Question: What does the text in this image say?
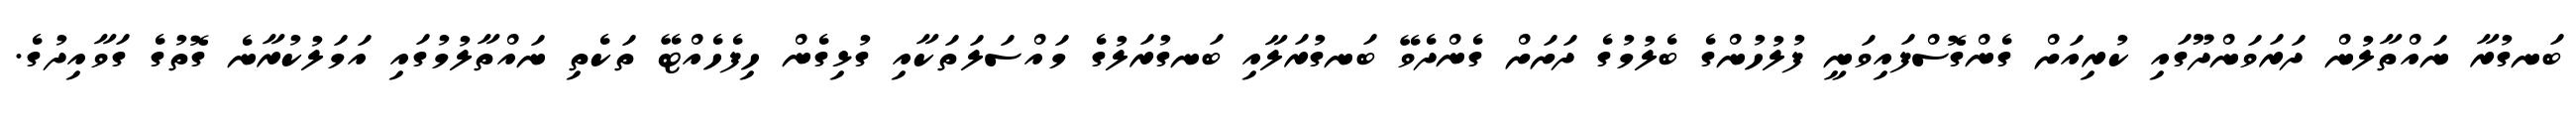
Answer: ބަނގުރާ ނައްތާލުން ދަރަވަންދޫގައި ކުރިއަށް ގެންގޮސްފައިވަނީ ފުލުހުންގެ ބެލުމުގެ ދަށަށް ގެންދެވޭ ބަނގުރަލާއި ބަނގުރަލުގެ މައްސަލަތަކާއި ގުޅިގެން ހިފެހެއްޓޭ ތަކެތި ނައްތާލުމުގައި އަމަލުކުރާނެ ގޮތުގެ ގަވާއިދުގެ.